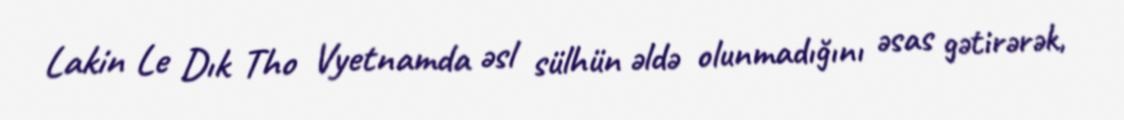
Lakin Le Dık Tho Vyetnamda əsl sülhün əldə olunmadığını əsas gətirərək,